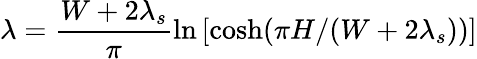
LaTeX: \lambda=\frac{W+2\lambda_{s}}{\pi}\ln\left[{\cosh(\pi H/(W+2\lambda_{s}))}\right]